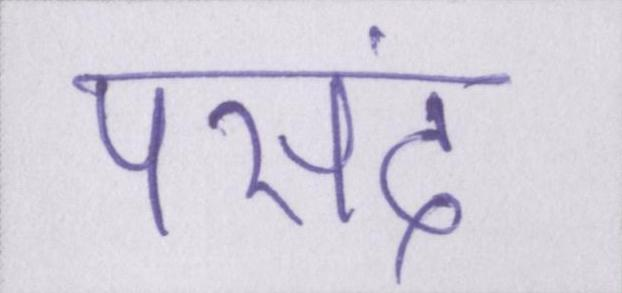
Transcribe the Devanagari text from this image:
पसंद